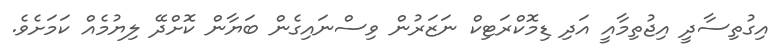
އިގުތިސާދީ އިޖުތިމާއީ އަދި ޑިމޮކްރަޓިކް ނަޒަރުން ވިސްނައިގެން ބަޔާން ކޮށްދޭ ލިޔުމެއް ކަމަށެވެ.